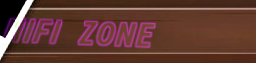
HIFI ZONE